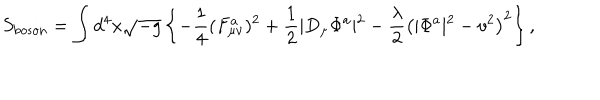
LaTeX: S _ { \mathrm { b o s o n } } = \int d ^ { 4 } x \sqrt { - g } \left\{ - \frac { 1 } { 4 } ( F _ { \mu \nu } ^ { a } ) ^ { 2 } + \frac { 1 } { 2 } \vert D _ { \mu } \Phi ^ { a } \vert ^ { 2 } - \frac { \lambda } { 2 } \left( \vert \Phi ^ { a } \vert ^ { 2 } - v ^ { 2 } \right) ^ { 2 } \right\} ,